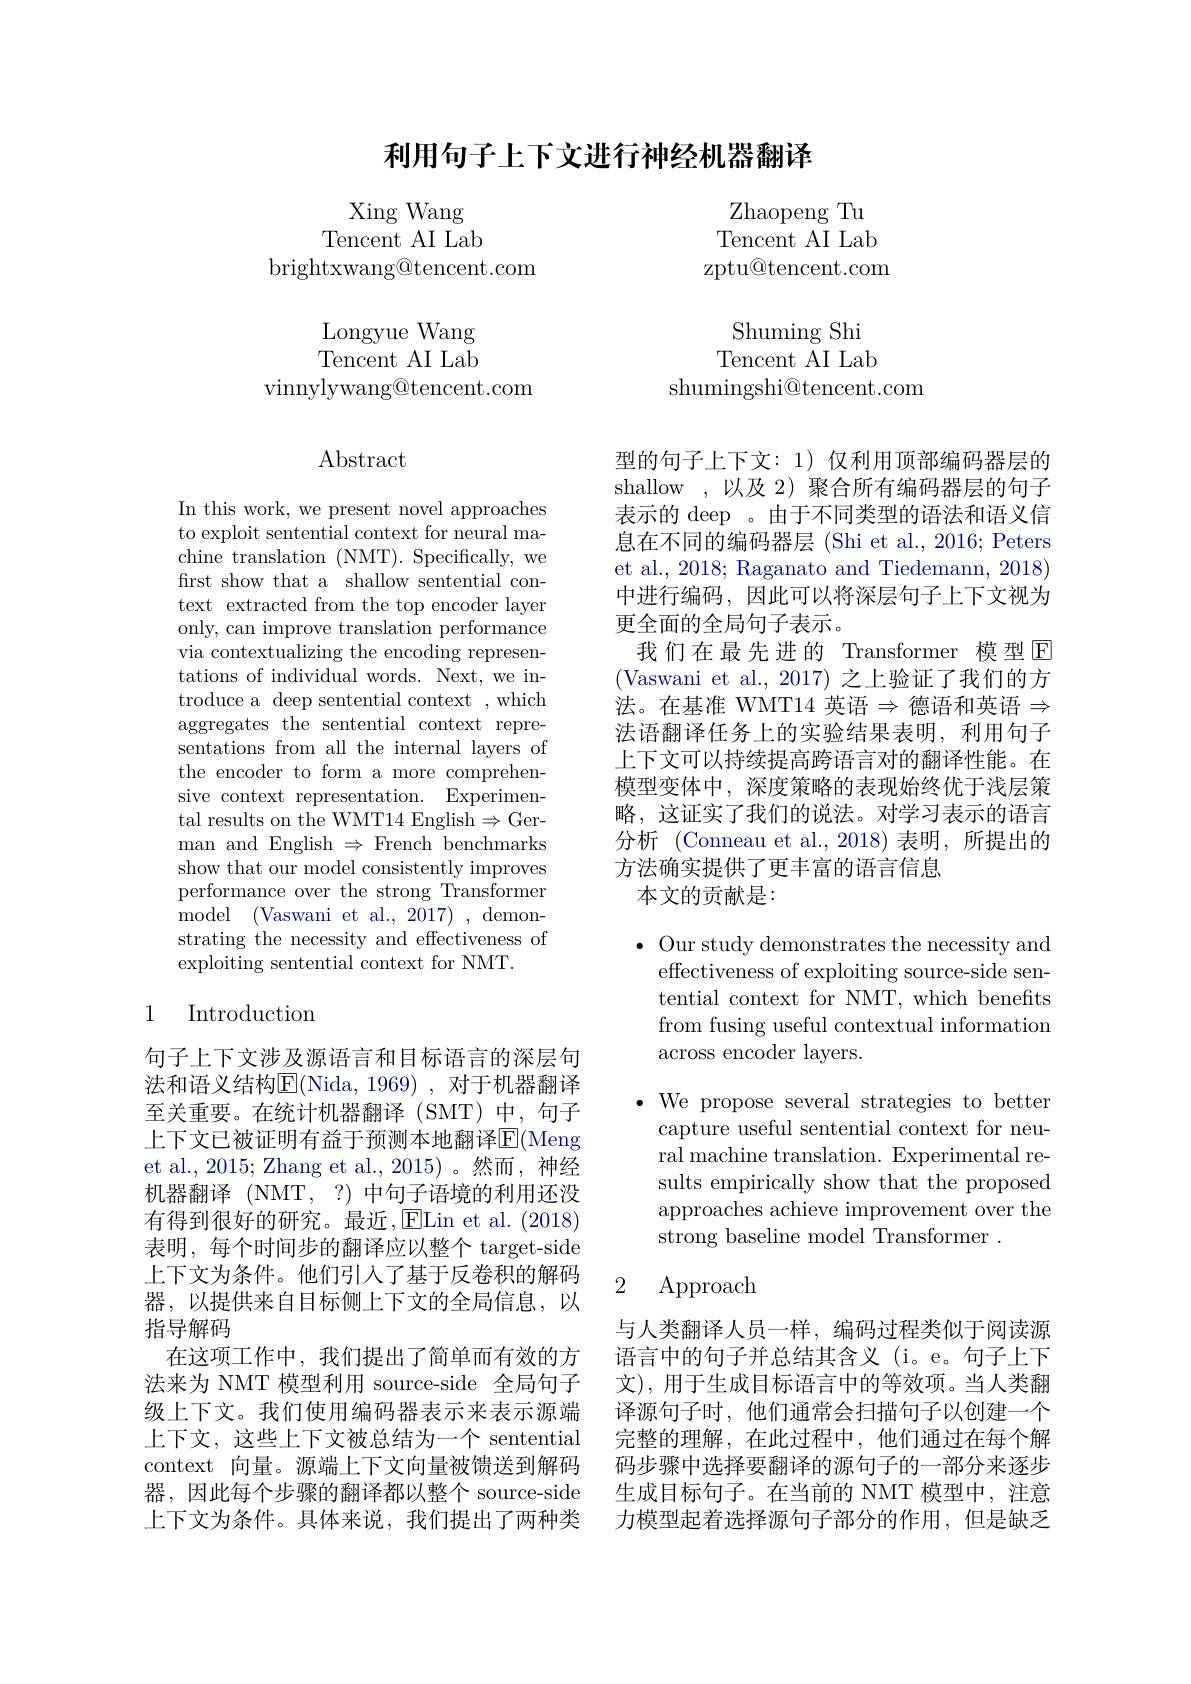
利用句子上下文进行神经机器翻译

Xing Wang Tencent AI Lab
brightxwang@tencent.com

Longyue Wang Tencent AI Lab
vinnylywang@tencent.com

$\operatorname{Abstract}$

In this work, we present novel approaches to exploit sentential context for neural machine translation (NMT). Specifically, we first show that a shallow sentential context extracted from the top encoder layer only, can improve translation performance via contextualizing the encoding representations of individual words. Next, we introduce a deep sentential context , which aggregates the sentential context representations from all the internal layers of the encoder to form a more comprehensive context representation. Experimental results on the WMT14 English$\Rightarrow$German and English $\Rightarrow$ French benchmarks show that our model consistently improves performance over the strong Transformer model$\allowbreak ( {\mathrm{mod}} $Vaswani et al. , 2017) ),demonstrating the necessity and effectiveness of exploiting sentential context for NMT.

# 1 Introduction

句子上下文涉及源语言和目标语言的深层句法和语义结构$\overline{\mathrm{E}}($Nida, 1969) , 对于机器翻译至关重要。在统计机器翻译(SMT)中，句子上下文已被证明有益于预测本地翻译$\mathbb{E}($Meng et al., 2015; Zhang et al., 2015)。然而，神经机器翻译 (NMT, ?) 中句子语境的利用还没有得到很好的研究。最近，ELin et al.(2018) 表明，每个时间步的翻译应以整个 target-side 上下文为条件。他们引入了基于反卷积的解码器，以提供来自目标侧上下文的全局信息，以指导解码
在这项工作中，我们提出了简单而有效的方法来为 NMT 模型利用 source-side 全局句子级上下文。我们使用编码器表示来表示源端上下文，这些上下文被总结为一个 sentential context 向量。源端上下文向量被馈送到解码器，因此每个步骤的翻译都以整个 source-side 上下文为条件。具体来说，我们提出了两种类

Zhaopeng Tu Tencent AI Lab zptu@tencent.com

Shuming Shi Tencent AI Lab
shumingshi@tencent.com

型的句子上下文：1) 仅利用顶部编码器层的shallow ,以及 2) 聚合所有编码器层的句子表示的 deep 。由于不同类型的语法和语义信息在不同的编码器层 (Shi et al., 2016; Peters et al., 2018; Raganato and Tiedemann, 2018) 中进行编码，因此可以将深层句子上下文视为更全面的全局句子表示。
我们在最先进的 Transformer 模型$\operatorname{E}$ (Vaswani et al., 2017) 之上验证了我们的方法。在基准 WMT14 英语$\Rightarrow$德语和英语$\Rightarrow$ 法语翻译任务上的实验结果表明，利用句子上下文可以持续提高跨语言对的翻译性能。在模型变体中，深度策略的表现始终优于浅层策略，这证实了我们的说法。对学习表示的语言分析 (Conneau et al.,2018)表明，所提出的方法确实提供了更丰富的语言信息
本文的贡献是：

$\bullet$ Our study demonstrates the necessity and
effectiveness of exploiting source-side sentential context for NMT, which benefits from fusing useful contextual information across encoder layers.

$\bullet$ We propose several strategies to better
capture useful sentential context for neural machine translation. Experimental results empirically show that the proposed approaches achieve improvement over the strong baseline model Transformer .

## 2 Approach

与人类翻译人员一样，编码过程类似于阅读源语言中的句子并总结其含义(i。e。句子上下文),用于生成目标语言中的等效项。当人类翻译源句子时，他们通常会扫描句子以创建一个完整的理解，在此过程中，他们通过在每个解码步骤中选择要翻译的源句子的一部分来逐步生成目标句子。在当前的 NMT 模型中，注意力模型起着选择源句子部分的作用，但是缺乏